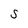
Character: S